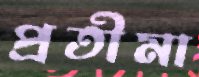
প্রতীমা